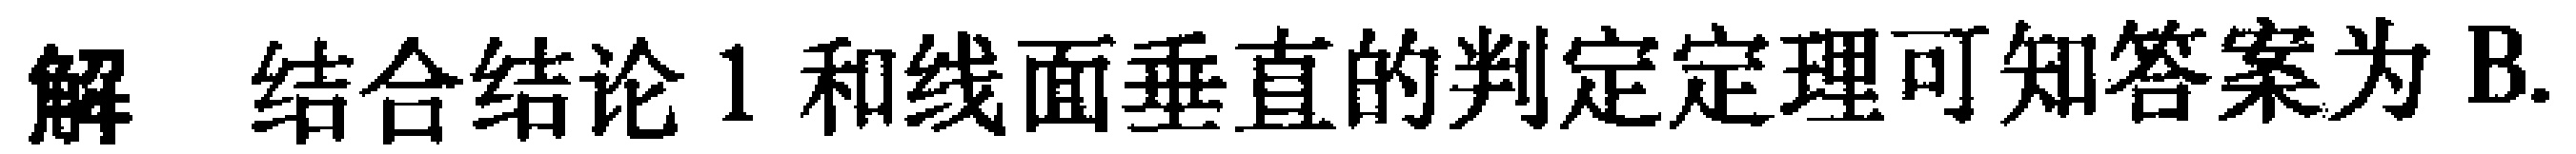
解 结合结论1和线面垂直的判定定理可知答案为B.